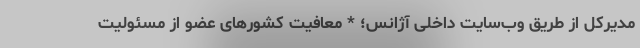
مدیرکل از طریق وب‌سایت داخلی آژانس؛ * معافیت کشورهای عضو از مسئولیت